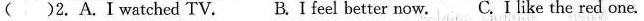
( )2. A.Iwatched TV. B.Ifeel better now.C. Ilike the red one.